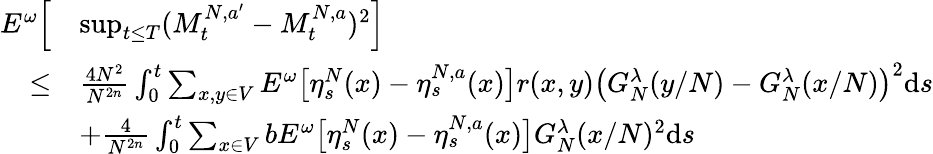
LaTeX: \begin{array}{rl}{E^{\omega}\Big[}&{\operatorname*{sup}_{t\leq T}(M_{t}^{N,a^{\prime}}-M_{t}^{N,a})^{2}\Big]}\\ {\leq}&{\frac{4N^{2}}{N^{2n}}\int_{0}^{t}\sum_{x,y\in V}E^{\omega}\big[\eta_{s}^{N}(x)-\eta_{s}^{N,a}(x)\big]r(x,y)\left(G_{N}^{\lambda}(y/N)-G_{N}^{\lambda}(x/N)\right)^{2}\mathrm{d}s}\\ &{+\frac{4}{N^{2n}}\int_{0}^{t}\sum_{x\in V}bE^{\omega}\big[\eta_{s}^{N}(x)-\eta_{s}^{N,a}(x)\big]G_{N}^{\lambda}(x/N)^{2}\mathrm{d}s}\end{array}